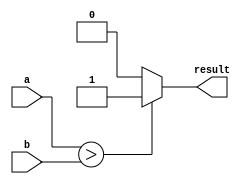
module conditional_example (
    input  wire a,
    input  wire b,
    output wire result
);

assign result = (a > b) ? 1'b1 : 1'b0;

endmodule